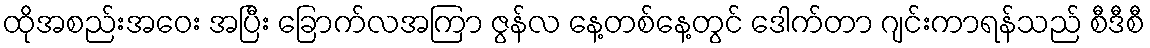
ထိုအစည်းအဝေး အပြီး ခြောက်လအကြာ ဇွန်လ နေ့တစ်နေ့တွင် ဒေါက်တာ ဂျင်းကာရန်သည် စီဒီစီ